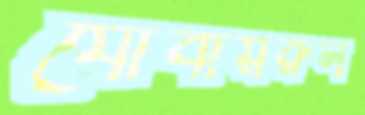
যোবায়রুল